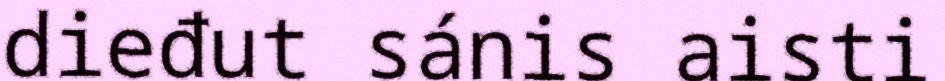
dieđut sánis aisti